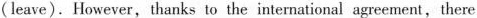
(leave).However, thanks to the international agreement,there